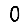
Digit: 0